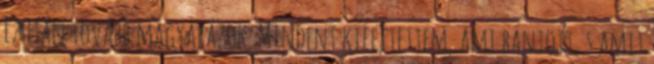
Ezután tovább magyarázok. Mindent kifejtettem, ami bántott, s amit